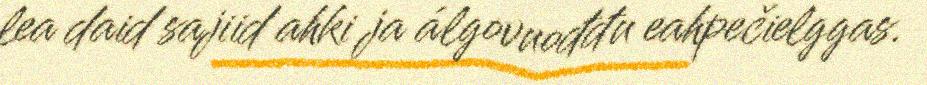
lea daid sajiid ahki ja álgovuođđu eahpečielggas.